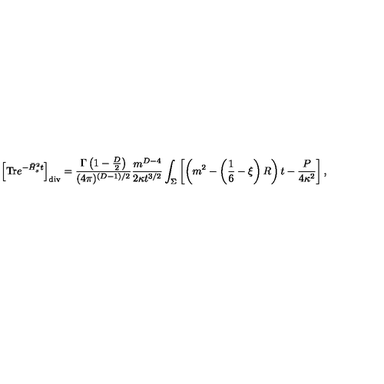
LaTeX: \left[ \mathrm { T r } e ^ { - \bar { H } _ { s } ^ { 2 } t } \right] _ { \mathrm { d i v } } = { \frac { \Gamma \left( 1 - \frac D 2 \right) } { ( 4 \pi ) ^ { ( D - 1 ) / 2 } } } { \frac { m ^ { D - 4 } } { 2 \kappa t ^ { 3 / 2 } } } \int _ { \Sigma } \left[ \left( m ^ { 2 } - \left( \frac 1 6 - \xi \right) R \right) t - { \frac { P } { 4 \kappa ^ { 2 } } } \right] ,